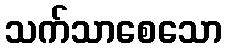
သက်သာစေသော